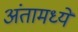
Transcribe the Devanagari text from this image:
अंतामध्ये